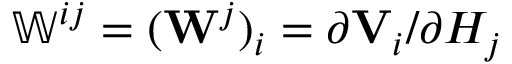
\mathbb { W } ^ { i j } = ( \mathbf { W } ^ { j } ) _ { i } = \partial \mathbf { V } _ { i } / \partial H _ { j }